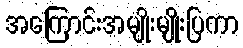
အကြောင်းအမျိုးမျိုးပြကာ